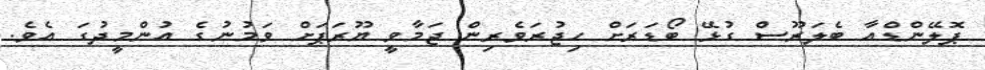
ޕޮލޭންޑްއާ ބެލަރޫސް ގުޅޭ ބޯޑަރަށް ހިޖުރަވެރިން ޖަމާވީ ޔޫރަޕަށް ވަމުނުގެ އުންމީދުގަ އެވެ.